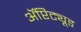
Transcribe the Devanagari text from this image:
ॲप्टिट्यूड